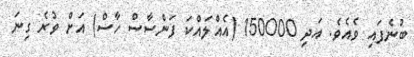
ބުނެފައި ވެއެވެ. އަދި 150000 (އެއްލައްކަ ފަންސާސް ހާސް) އަށް ވުރެ ގިނަ